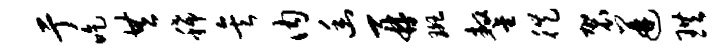
亍吃共稀矣内幽再斑鏊徙袈迸珙